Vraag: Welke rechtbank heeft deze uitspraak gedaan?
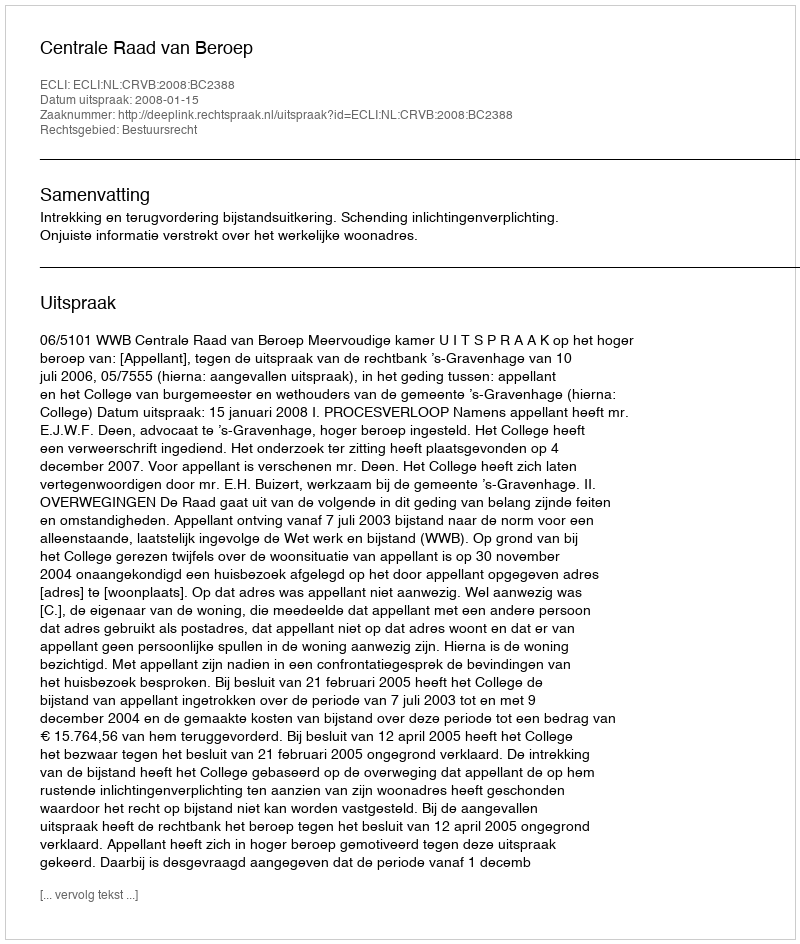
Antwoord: Centrale Raad van Beroep